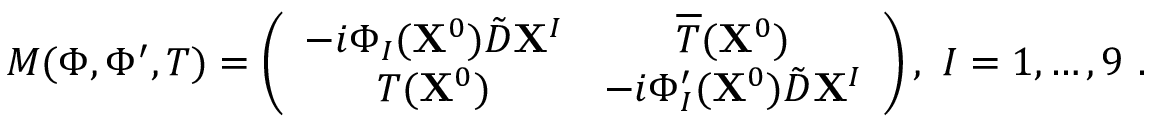
M ( \Phi , \Phi ^ { \prime } , T ) = \left( \begin{array} { c c } { { - i \Phi _ { I } ( { \bf X } ^ { 0 } ) \tilde { D } { \bf X } ^ { I } } } & { { \overline { { { T } } } ( { \bf X } ^ { 0 } ) } } \\ { { T ( { \bf X } ^ { 0 } ) } } & { { - i \Phi _ { I } ^ { \prime } ( { \bf X } ^ { 0 } ) \tilde { D } { \bf X } ^ { I } } } \end{array} \right) , \ I = 1 , \dots , 9 \ .